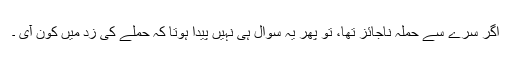
اگر سرے سے حملہ ناجائز تھا، تو پھر یہ سوال ہی نہیں پیدا ہوتا کہ حملے کی زد میں کون آی ۔